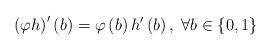
LaTeX: \begin{align*}\left(\varphi h\right)'\left(b\right)=\varphi\left(b\right)h'\left(b\right),\;\forall b\in\left\{ 0,1\right\} \end{align*}